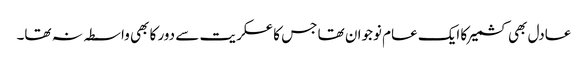
عادل بھی کشمیر کا ایک عام نوجوان تھا جس کا عسکریت سے دور کا بھی واسطہ نہ تھا۔